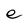
Character: e